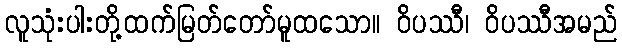
လူသုံးပါးတို့ထက်မြတ်တော်မူထသော။ ဝိပဿီ၊ ဝိပဿီအမည်